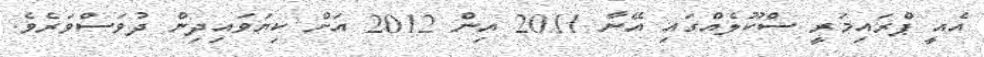
އެއީ ޕްރައިމަރީ ސްކޫލެއްގައި އޭނާ 2011 އިން 2012 އަށް ކިޔަވައިދިން ދުވަސްވަރެވެ.